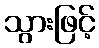
သွားဖြင့်